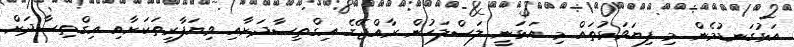
އަޅުގަނޑުމެން މި ފިޔަވަޅުތައް މި އަޅަނީ ލަސްލަހުން ރާއްޖޭގެ އިގްތިސާދަށާއި ވިޔަފާރިތަކަށާއި އިގްތިސާދަށް